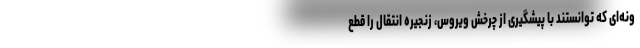
ونه‌ای که توانستند با پیشگیری از چرخش ویروس، زنجیره انتقال را قطع